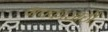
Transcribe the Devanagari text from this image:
वाचकासाठी